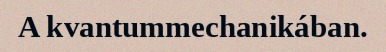
A kvantummechanikában.